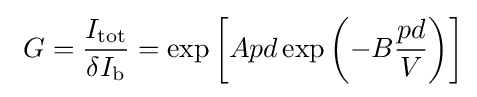
\ G={\frac {I_{\text{tot}}}{\delta I_{\text{b}}}}=\exp \left[Apd\exp \left(-B{\frac {pd}{V}}\right)\right]